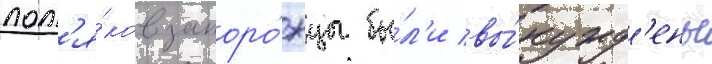
пол'я́ков запоро́жцы бы́л'и вы́нужд'ены